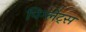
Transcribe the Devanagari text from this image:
पिग्लेट्स